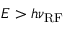
E > h \nu _ { \mathrm { R F } }